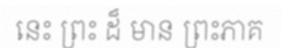
នេះ ព្រះ ដ៏ មាន ព្រះភាគ